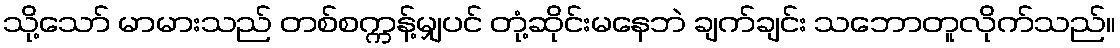
သို့သော် မာမားသည် တစ်စက္ကန့်မျှပင် တုံ့ဆိုင်းမနေဘဲ ချက်ချင်း သဘောတူလိုက်သည်။